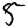
Digit: 5